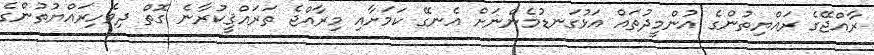
ރާއްޖޭގެ ރައްޔިތުންގެ އުންމީދުތައް އަޅުގަނޑުމެންނަށް އެނގޭ ކަމަށާއި މިރާއްޖެ ތަރައްޤީކުރާނެ ގޮތް ދިވެހިރައްޔުތުންގެ